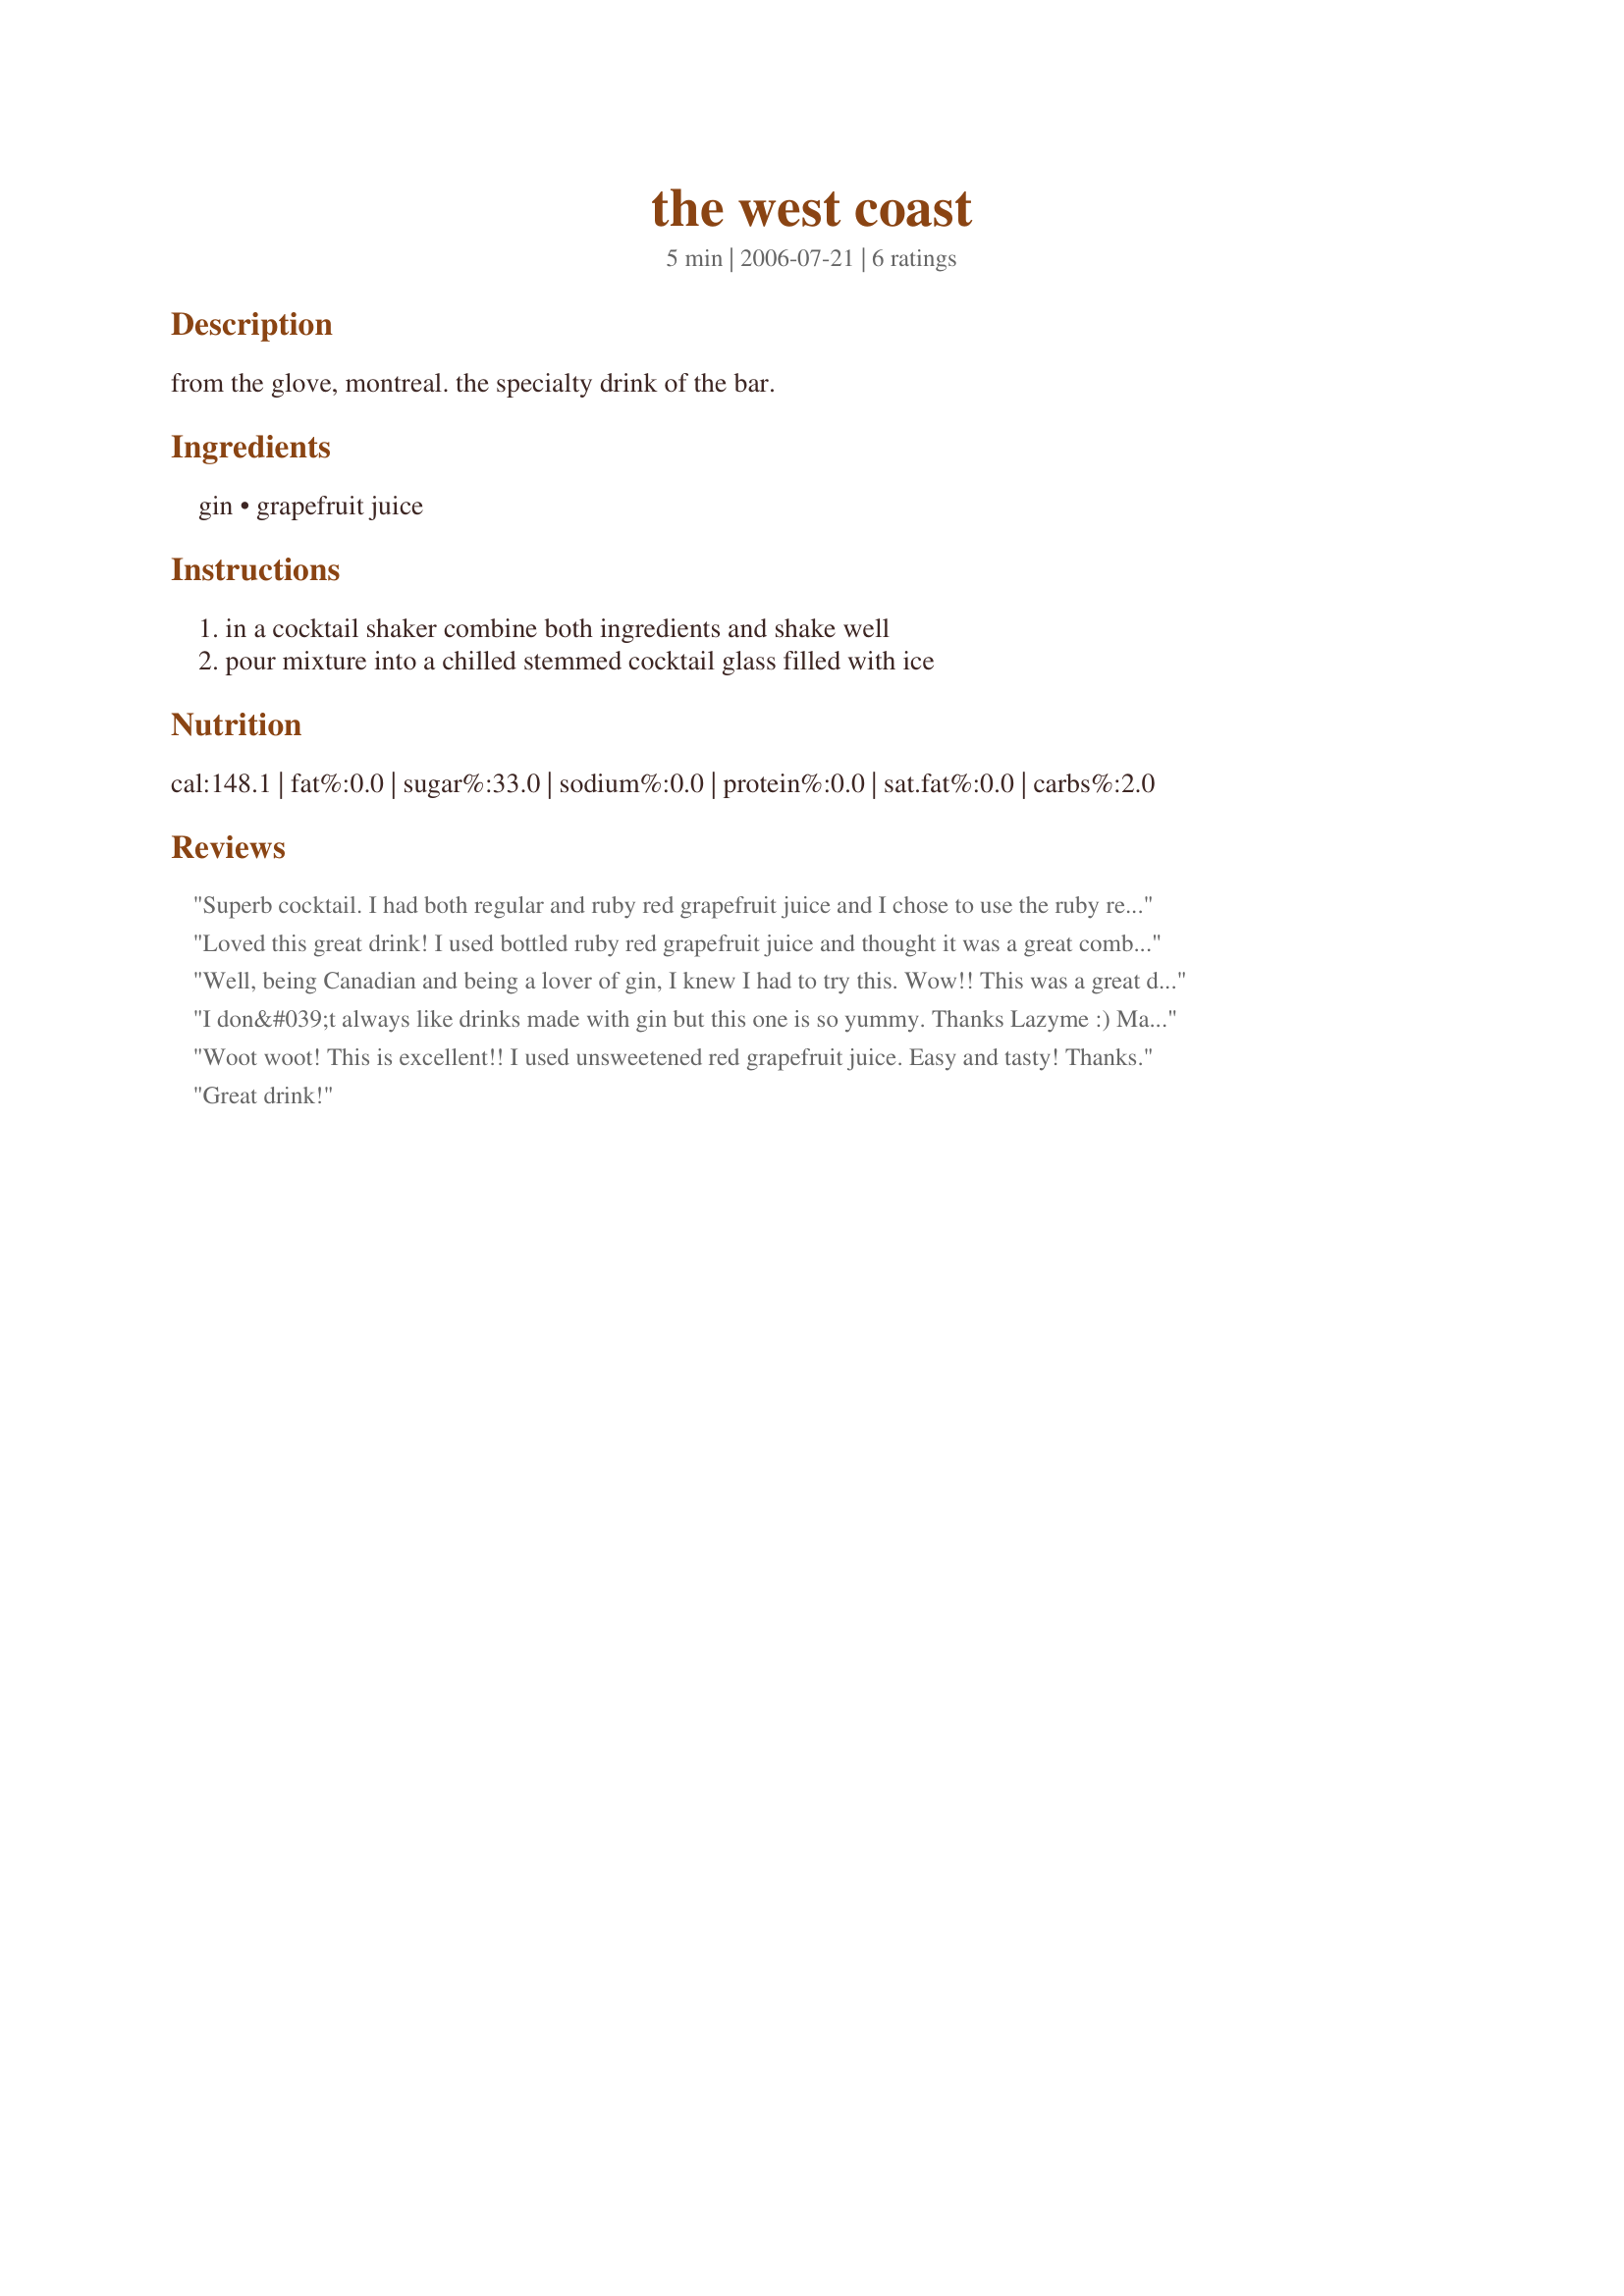
the west coast
Preparation time: 5 minutes

from the glove, montreal. the specialty drink of the bar.

Ingredients:
gin, grapefruit juice

Steps:
in a cocktail shaker combine both ingredients and shake well, pour mixture into a chilled stemmed cocktail glass filled with ice

Reviews:
Superb cocktail. I had both regular and ruby red grapefruit juice and I chose to use the ruby red juice, and I think it was right. Because my drink was both sweet and tart with a refreshing tone to it. Thank you for sharing your recipe, lazyme. Made for the "Best of 2011" tag game.
Loved this great drink! I used bottled ruby red grapefruit juice and thought it was a great combination with the gin. Tasty, smooth and easy to drink - thanks for sharing the recipe!
Well, being Canadian and being a lover of gin, I knew I had to try this. Wow!! This was a great drink! I used freshly squeezed ruby red grapefruit juice and made enough for four drinks. We all had one and wished we had more ;)
This will be made by the pitcherful next time! Thanks for a yummy recipe.
I don&#039;t always like drinks made with gin but this one is so yummy. Thanks Lazyme :) Made for holiday tag game
Woot woot! This is excellent!! I used unsweetened red grapefruit juice. Easy and tasty! Thanks.
Great drink!
